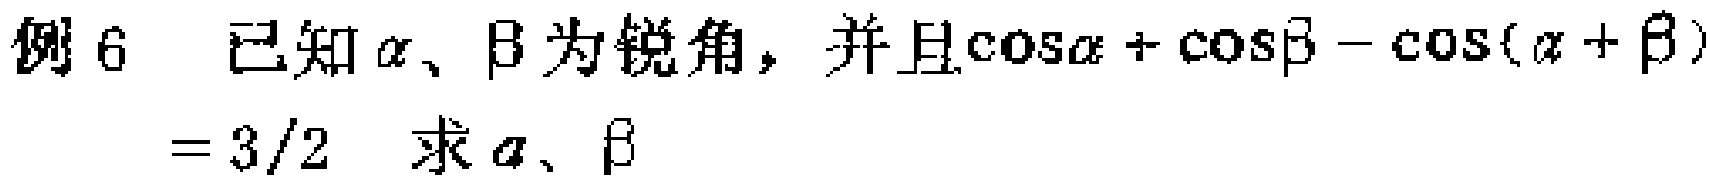
例 6 已知\(\alpha\)、\(\beta\)为锐角，并且\(\cos\alpha+\cos\beta - \cos(\alpha + \beta)=\frac{3}{2}\) 求\(\alpha\)、\(\beta\)